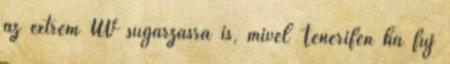
az extrém UV sugárzásra is, mivel Tenerifén ha fúj